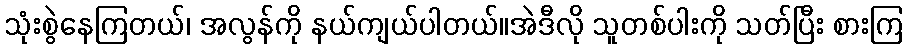
သုံးစွဲနေကြတယ်၊ အလွန်ကို နယ်ကျယ်ပါတယ်။အဲဒီလို သူတစ်ပါးကို သတ်ပြီး စားကြ